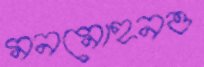
মনমোহনও